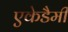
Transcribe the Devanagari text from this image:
एकेडैमी